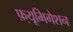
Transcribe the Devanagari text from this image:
फ़्यूमिगेशन